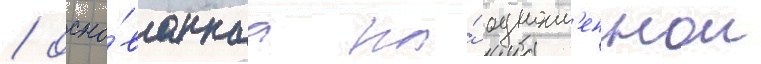
/ осно́ваннаа на́ одноим'еннои